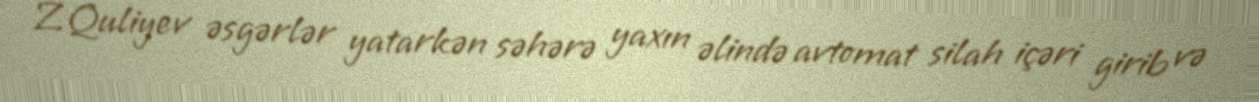
Z.Quliyev əsgərlər yatarkən səhərə yaxın əlində avtomat silah içəri girib və